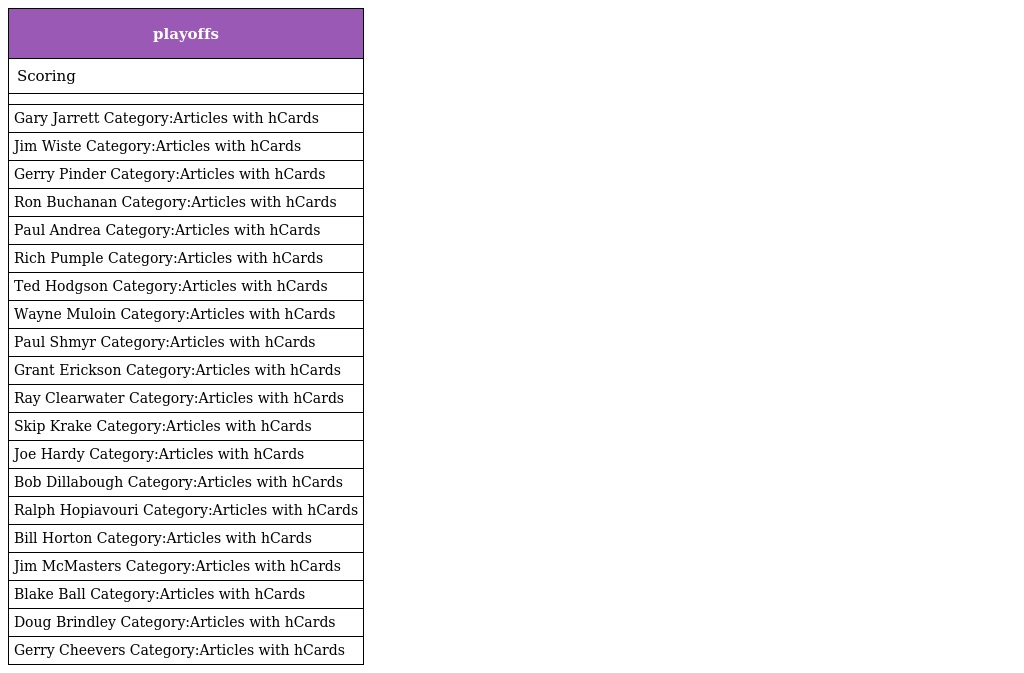
| playoffs |
 | --- |
 | Scoring |
 |  |
 | Gary Jarrett Category:Articles with hCards |
 | Jim Wiste Category:Articles with hCards |
 | Gerry Pinder Category:Articles with hCards |
 | Ron Buchanan Category:Articles with hCards |
 | Paul Andrea Category:Articles with hCards |
 | Rich Pumple Category:Articles with hCards |
 | Ted Hodgson Category:Articles with hCards |
 | Wayne Muloin Category:Articles with hCards |
 | Paul Shmyr Category:Articles with hCards |
 | Grant Erickson Category:Articles with hCards |
 | Ray Clearwater Category:Articles with hCards |
 | Skip Krake Category:Articles with hCards |
 | Joe Hardy Category:Articles with hCards |
 | Bob Dillabough Category:Articles with hCards |
 | Ralph Hopiavouri Category:Articles with hCards |
 | Bill Horton Category:Articles with hCards |
 | Jim McMasters Category:Articles with hCards |
 | Blake Ball Category:Articles with hCards |
 | Doug Brindley Category:Articles with hCards |
 | Gerry Cheevers Category:Articles with hCards |